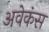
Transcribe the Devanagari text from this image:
अवेकंस